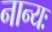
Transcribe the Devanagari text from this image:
नान्यः